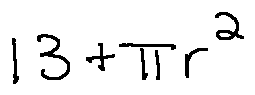
1 3 + \pi r ^ { 2 }